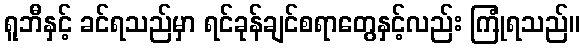
ရူဘီနှင့် ခင်ရသည်မှာ ရင်ခုန်ချင်စရာတွေနှင့်လည်း ကြုံရသည်။